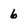
Character: 6